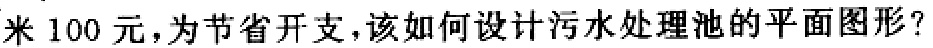
米100元，为节省开支，该如何设计污水处理池的平面图形？